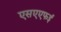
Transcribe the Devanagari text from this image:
एसएएफई